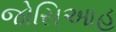
જોસિઆહ